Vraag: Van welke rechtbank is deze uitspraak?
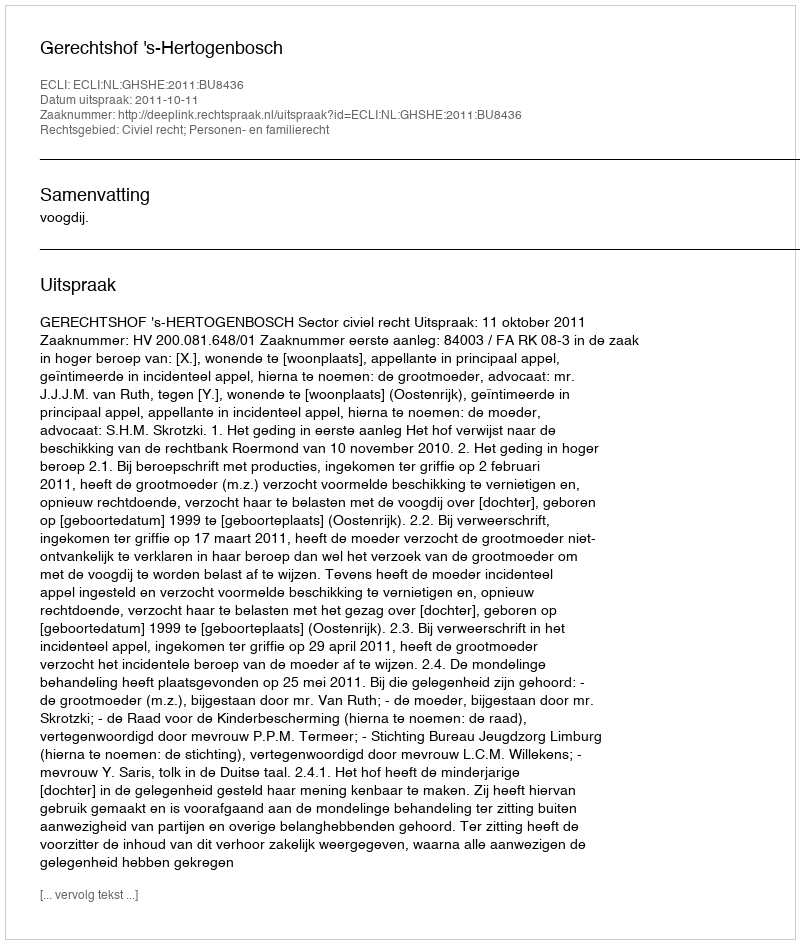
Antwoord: Gerechtshof 's-Hertogenbosch